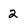
Character: 2